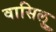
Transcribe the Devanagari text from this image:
वासिलु